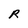
Character: R